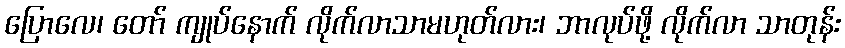
ပြောလေ၊ တော် ကျုပ်နောက် လိုက်လာသာမဟုတ်လား၊ ဘာလုပ်ဖို့ လိုက်လာ သာတုန်း